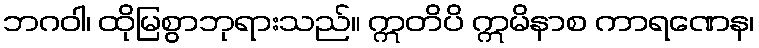
ဘဂဝါ၊ ထိုမြစွာဘုရားသည်။ ဣတိပိ ဣမိနာစ ကာရဏေန၊